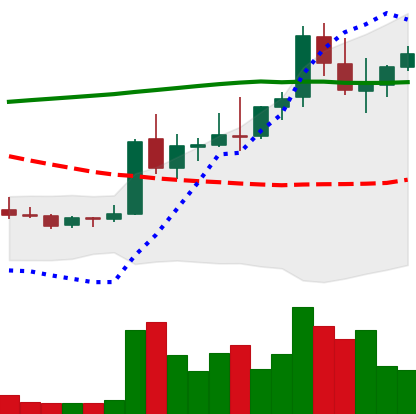
Ticker: DOGE-USD
Chart end date: 2021-08-20
Forward return: -10.768%
Label: down_7plus